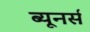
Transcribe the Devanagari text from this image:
ब्यूनर्स